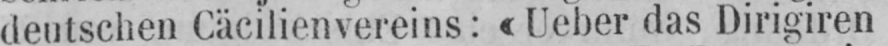
deutschen Cäcilienvereins: «Ueber das Dirigiren